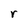
Character: r